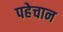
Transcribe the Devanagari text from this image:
पहेचान